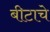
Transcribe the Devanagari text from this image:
बीटाचे